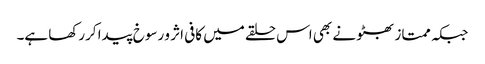
جبکہ ممتاز بھٹو نے بھی اس حلقے میں کافی اثر و رسوخ پیدا کررکھا ہے۔